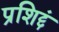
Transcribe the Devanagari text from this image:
प्रशिद्दं